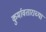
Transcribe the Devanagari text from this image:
कुर्मावताराच्या